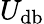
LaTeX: U_{\mathrm{db}}